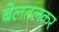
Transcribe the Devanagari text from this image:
बेलतलकर